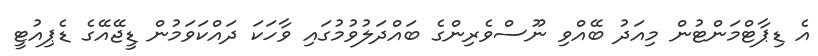
އެ ޑިޕާޓްމަންޓުން މިއަދު ބޭއްވި ނޫސްވެރިންގެ ބައްދަލުވުމުގައި ވާހަކަ ދައްކަވަމުން ޑީޖޭއޭގެ ޑެޕިއުޓީ